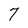
Character: 7